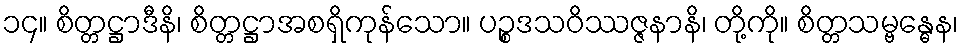
၁၄။ စိတ္တဋ္ဌာဒီနိ၊ စိတ္တဋ္ဌာအစရှိကုန်သော။ ပဉ္စဒသဝိဿဇ္ဇနာနိ၊ တို့ကို။ စိတ္တသမ္ဗန္ဓေန၊